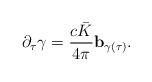
LaTeX: \begin{align*}\partial_\tau \gamma=\frac{c\bar{K}}{4\pi}\mathbf{b}_{\gamma(\tau)}.\end{align*}